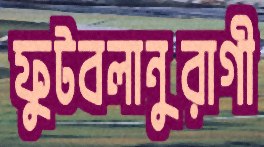
ফুটবলানুরাগী